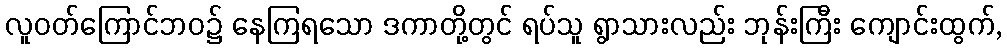
လူဝတ်ကြောင်ဘဝ၌ နေကြရသော ဒကာတို့တွင် ရပ်သူ ရွာသားလည်း ဘုန်းကြီး ကျောင်းထွက်,